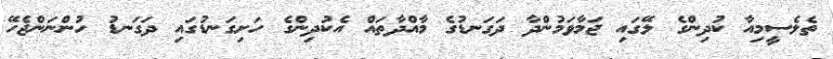
ތެލެސީމިއާ ކުދިންގެ ލޭގައި ޖަމާވަމުންދާ ދަގަނޑުގެ މާއްދާތައް އެކުދިންގެ ހަށިގަނޑުގައި ދަގަނޑު ހުންނަންޖެހޭ